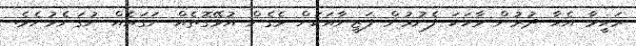
ރަހީމާ އެހާ ދުރުން ވާހަކަ ފެށުމުން ފަޒީނާއަކަށް ވެގެން އުޅޭގޮތެއް ނަގައެއް ނުގަނެވުނެވެ.